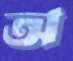
অ